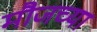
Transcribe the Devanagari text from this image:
मौजच्या